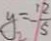
y = - \frac { 1 2 } { 5 }